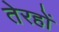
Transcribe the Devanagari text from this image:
तेरहों